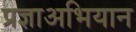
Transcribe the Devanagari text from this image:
प्रज्ञाअभियान